Riisipere_vallakohus, lk 11
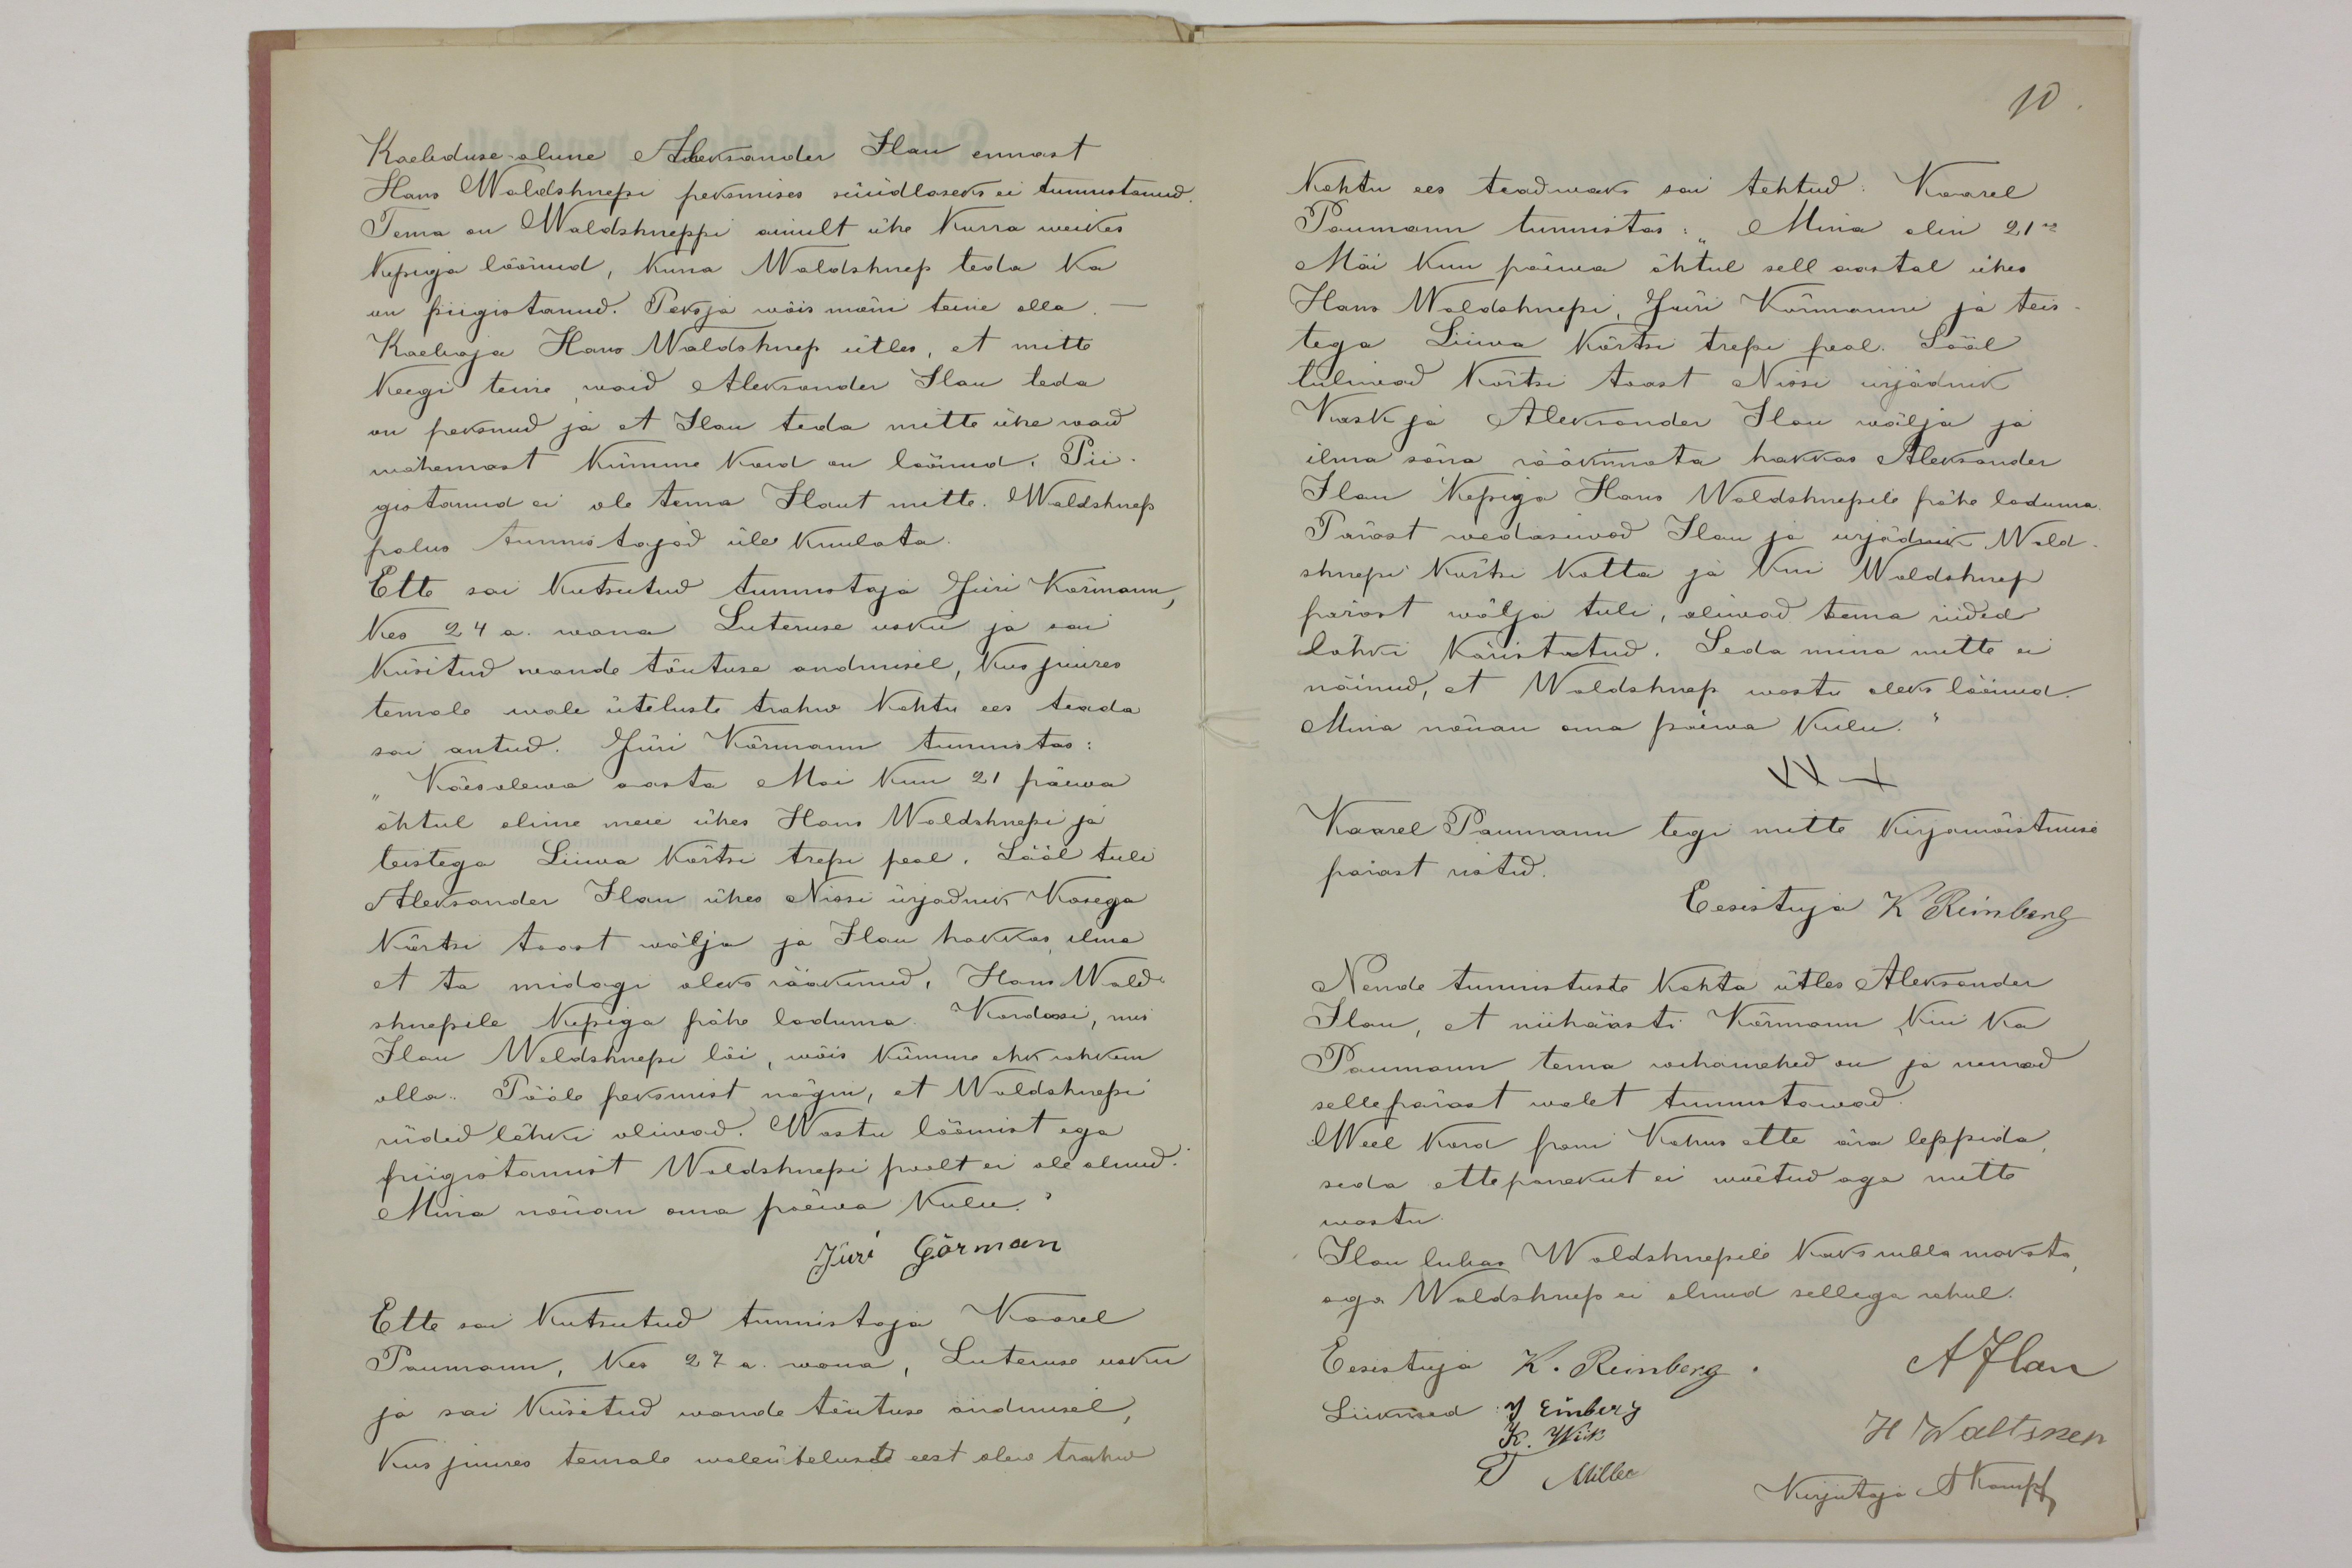
Kaebduse alune Aleksander Ilau ennast
Hans Waldshnepi peksmises süüdlaseks ei tunnistanud
Tema on Waldshneppi ainult ühe Kurra weikes
kepiga löönud, Kuna Waldshnep teda ka
on piigistanud. Peksja wõis mõni teine olla.-
Kaebaja Hans Waldshnep ütles, et mitte
Keegi teine waid Aleksander Ilau teda
on peksnud ja et Ilau teda mitte ühe waid
wähemast kümme kord on löönud. Pii
gistanud ei ole tema Iaut mitte. Waldshnep
palus tunnistajad üle kuulata.
Ette sai kutsutud tunnistaja Jüri Kõrmann,
kes 24 a. wana Luteruse usku ja sai
Küsitud wande tõutuse andmisel, kus juures
temale wale üteluste trahw Kohtu ees teada
sai antud. Jüri Kärmann tunnistas:
Käesolewa aasta Mai kuu 21 päewa
õhtul olime meie ühes Hans Waldshnepi ja
teistega Liiwa Kõrtsi trepi peal. Sääl tuli
Aleksander Ilau ühes Nissi ürjadnik Kasega
Kõrtsi taost wälja ja Ilau hakkas ilma
et ta midagi oleks rääkinud. Hans Wald-
shnepile kepiga pähe laduma. Kordasi, mis
Ilau Waldshnepi lõi, wõis Kümne ehk rohkem
olla. Pääle peksmist nägin, et Waldshnepi
riided lõhki oliwad. Wastu löömist ega
piigistamist Waldshnepi poolt ei ole olnud.
Mina nõuan oma päewa kulu.
Jüri Görman
Ette sai kutsutud tunnistaja Kaarel
Paumann, Kes 27 a. wana, Luteruse usku
ja sai küsitud wande tõutuse andmisel
Kus juures temale waleüteluste eest olew trahw

10
Kohtu ees teadmaks sai tehtud: Kaarel
Poumann tunnistas: Mina olin 21se
Mai kuu päewa õhtul sell aastal ühes
Hans Waldshnepi, Jüri Kärmanni ja teis-
tega Liiwa Kõrtsi trepi peal. Sääl
tulewad Kõrtsi toast Nissi urjädnik
Kask ja Aleksander Ilau wälja ja
ilma sõna rääkimata hakkas Aleksander
Ilau kepiga Hans Waldshnepile pähe laduma
Pärast wedasiwad Ilau ja urjädnik Wald-
shnepi kõrtsi kotta ja kui Waldshnep
pärast wälja tuli, olewad tema riided
lõhki käristatud. Seda mina mitte ei
näinud, et Waldshnep wastu oleks löönud.
Mina nõuan oma päewa kulu.
XXX
Kaarel Paumann tegi mitte kirjamõistmise
pärast ristid.
Eesistuja K Reinberg
Nende tunnistuste Kohta ütles Aleksander
Ilau, et niihäasti Kärmann, Kui Ka
Paumann tema wihamehed on ja nemad
sellepärast walet tunnistawad.
Weel kord pani Kohus ette ära leppida,
seda ettepanekut ei wõetud aga mitte
wastu.
Ilau lubas Waldshnepile Kaks rubla maksta,
aga Waldshnep ei olnud sellega rahul.
Eesistuja K. Reinberg.
AIlau
Liikmed: J. Einberg
K. Wiik
H Waltsnep
J. Miller
Kirjutaja A Kampf